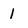
Character: 1